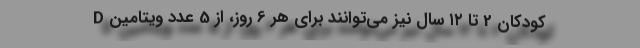
کودکان 2 تا ۱۲ سال نیز می‌توانند برای هر 6 روز، از 5 عدد ویتامین D